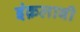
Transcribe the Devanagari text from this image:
इंक़लाबी